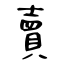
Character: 賣